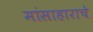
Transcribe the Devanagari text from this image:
मांसाहाराचे